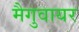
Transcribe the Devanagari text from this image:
मैगुवायर